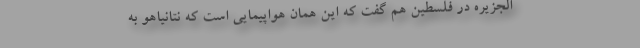
الجزیره در فلسطین هم گفت که این همان هواپیمایی است که نتانیاهو به